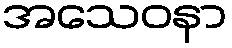
အသေဝနာ